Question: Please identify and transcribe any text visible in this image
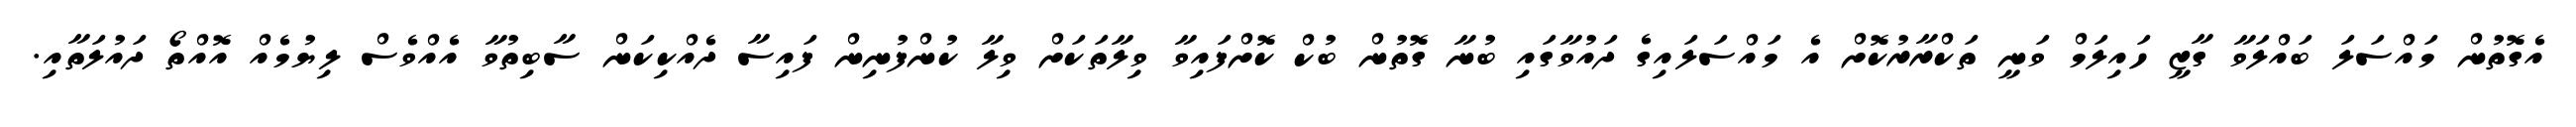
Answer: އެގޮތުން މައްސަލަ ބައްލަވާ ގާޒީ ހައިލަމް ވަނީ ތަކްރާރުކޮށް އެ މައްސަލައިގެ ދައުވާގައި ބުނާ ގޮތުން ބުކް ކޮށްފައިވާ ވިލާތަކަށް ވިލާ ކުންފުނިން ފައިސާ ދެއްކިކަން ސާބިތުވާ އެއްވެސް ލިޔުމެއް އޮއްތޯ ދައުލަތާއި.